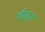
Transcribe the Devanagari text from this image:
गीतन